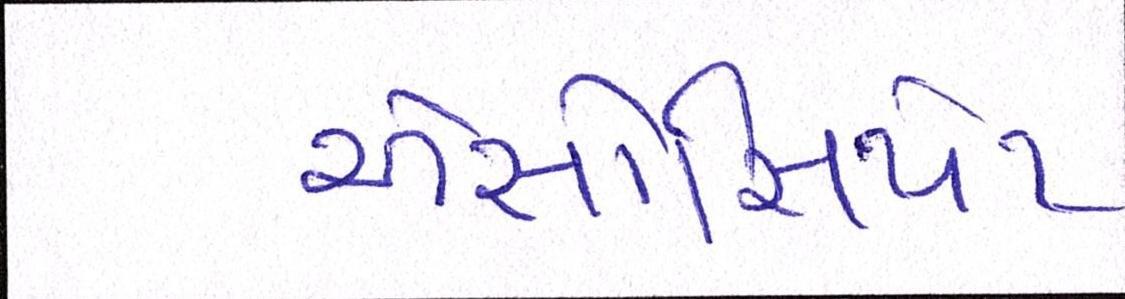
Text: એસોસિયેટ